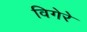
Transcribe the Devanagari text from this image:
विगेरे